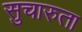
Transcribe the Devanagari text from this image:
सुचारुता